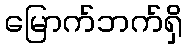
မြောက်ဘက်ရှိ